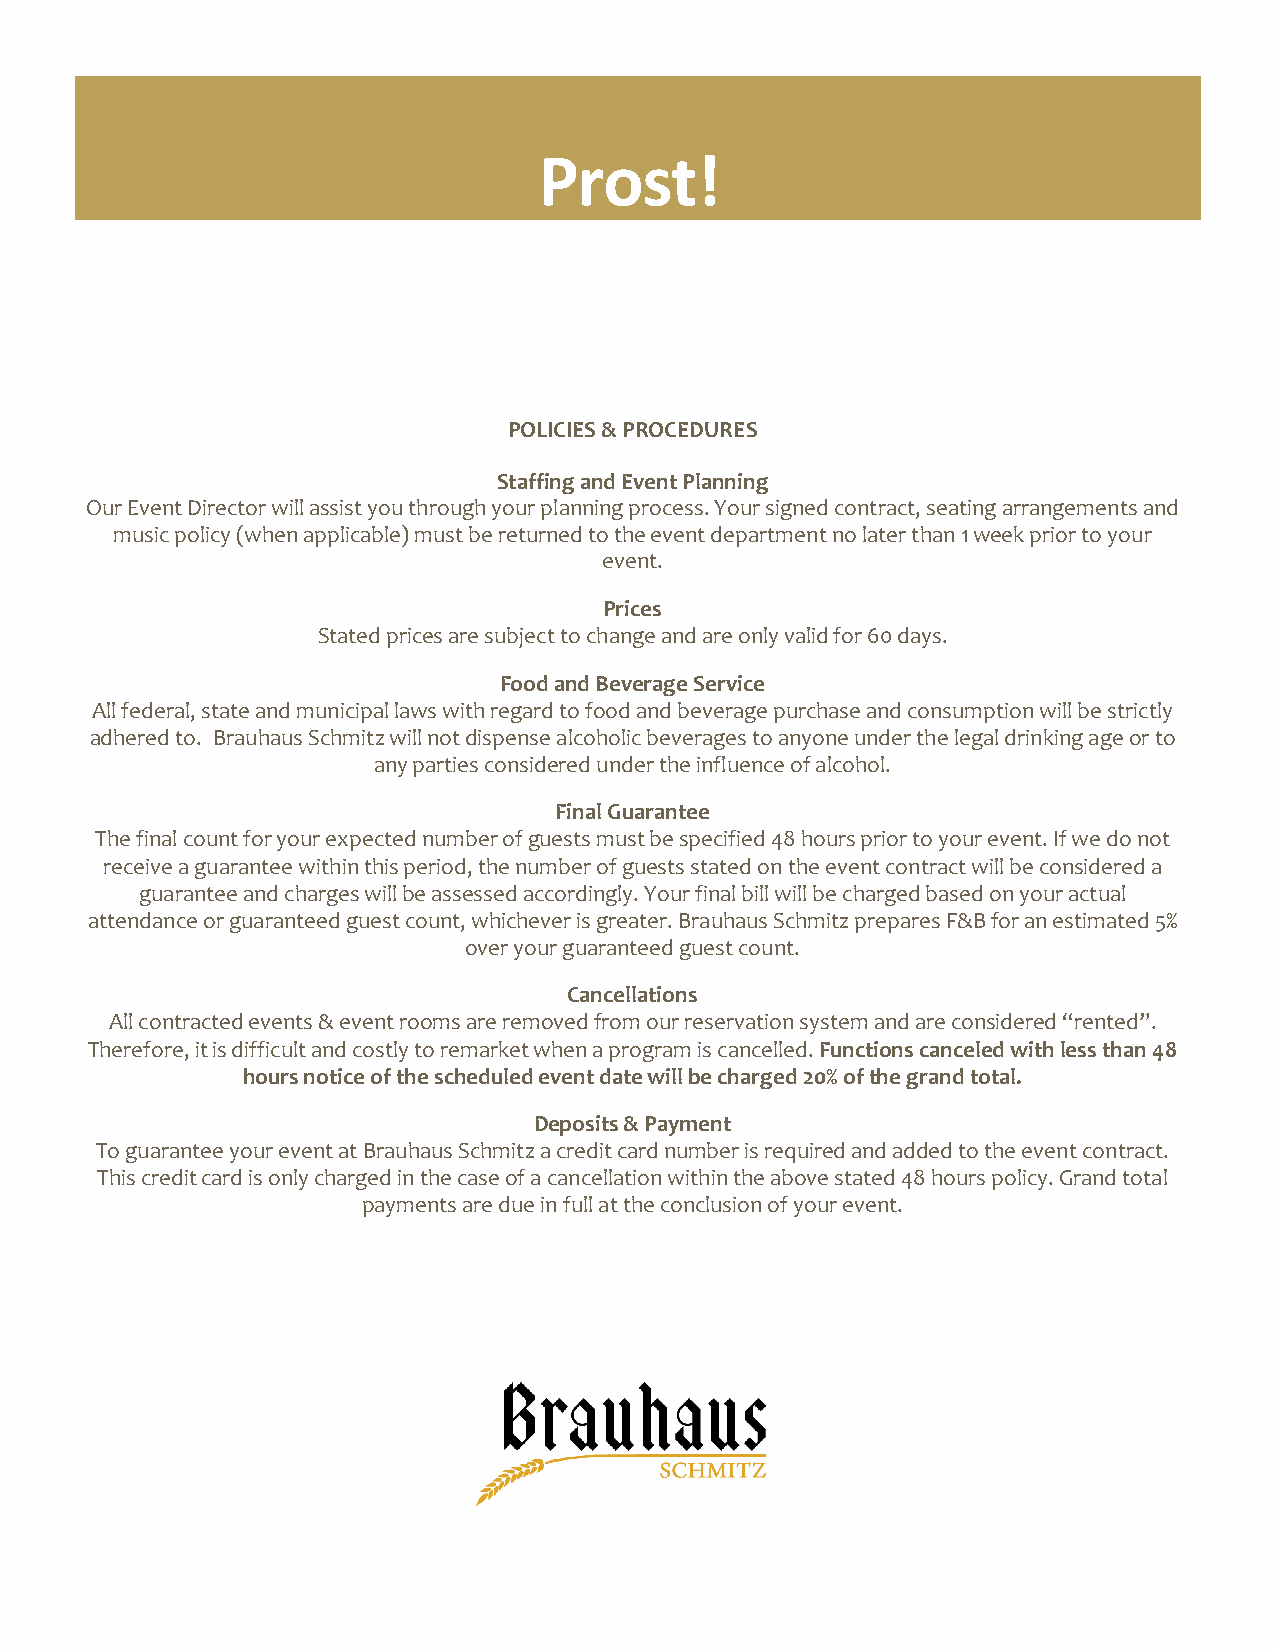
Prost!
 POLICIES & PROCEDURES
 Staffing and Event Planning
 Our Event Director will assist you through your planning process. Your signed contract, seating arrangements and
 music policy (when applicable) must be returned to the event department no later than 1 week prior to your
 event.
 Prices
 Stated prices are subject to change and are only valid for 60 days.
 Food and Beverage Service
 All federal, state and municipal laws with regard to food and beverage purchase and consumption will be strictly
 adhered to. Brauhaus Schmitz will not dispense alcoholic beverages to anyone under the legal drinking age or to
 any parties considered under the influence of alcohol.
 Final Guarantee
 The final count for your expected number of guests must be specified 48 hours prior to your event. If we do not
 receive a guarantee within this period, the number of guests stated on the event contract will be considered a
 guarantee and charges will be assessed accordingly. Your final bill will be charged based on your actual
 attendance or guaranteed guest count, whichever is greater. Brauhaus Schmitz prepares F&B for an estimated 5%
 over your guaranteed guest count.
 Cancellations
 All contracted events & event rooms are removed from our reservation system and are considered “rented”.
 Therefore, it is difficult and costly to remarket when a program is cancelled. Functions canceled with less than 48
 hours notice of the scheduled event date will be charged 20% of the grand total.
 Deposits & Payment
 To guarantee your event at Brauhaus Schmitz a credit card number is required and added to the event contract.
 This credit card is only charged in the case of a cancellation within the above stated 48 hours policy. Grand total
 payments are due in full at the conclusion of your event.
 brauhausevents@gmail.com www.brauhausschmitz.com 267.909.8814